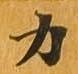
力